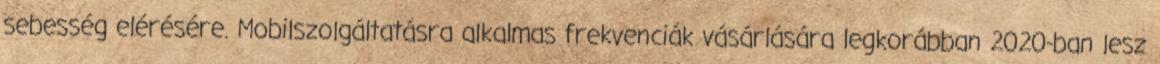
sebesség elérésére. Mobilszolgáltatásra alkalmas frekvenciák vásárlására legkorábban 2020-ban lesz